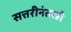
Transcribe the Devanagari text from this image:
सत्तरीनंतरही